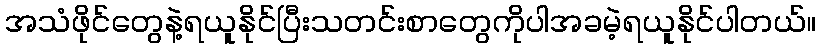
အသံဖိုင်တွေနဲ့ရယူနိုင်ပြီးသတင်းစာတွေကိုပါအခမဲ့ရယူနိုင်ပါတယ်။